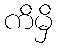
ကိမှိ